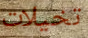
تخيلات